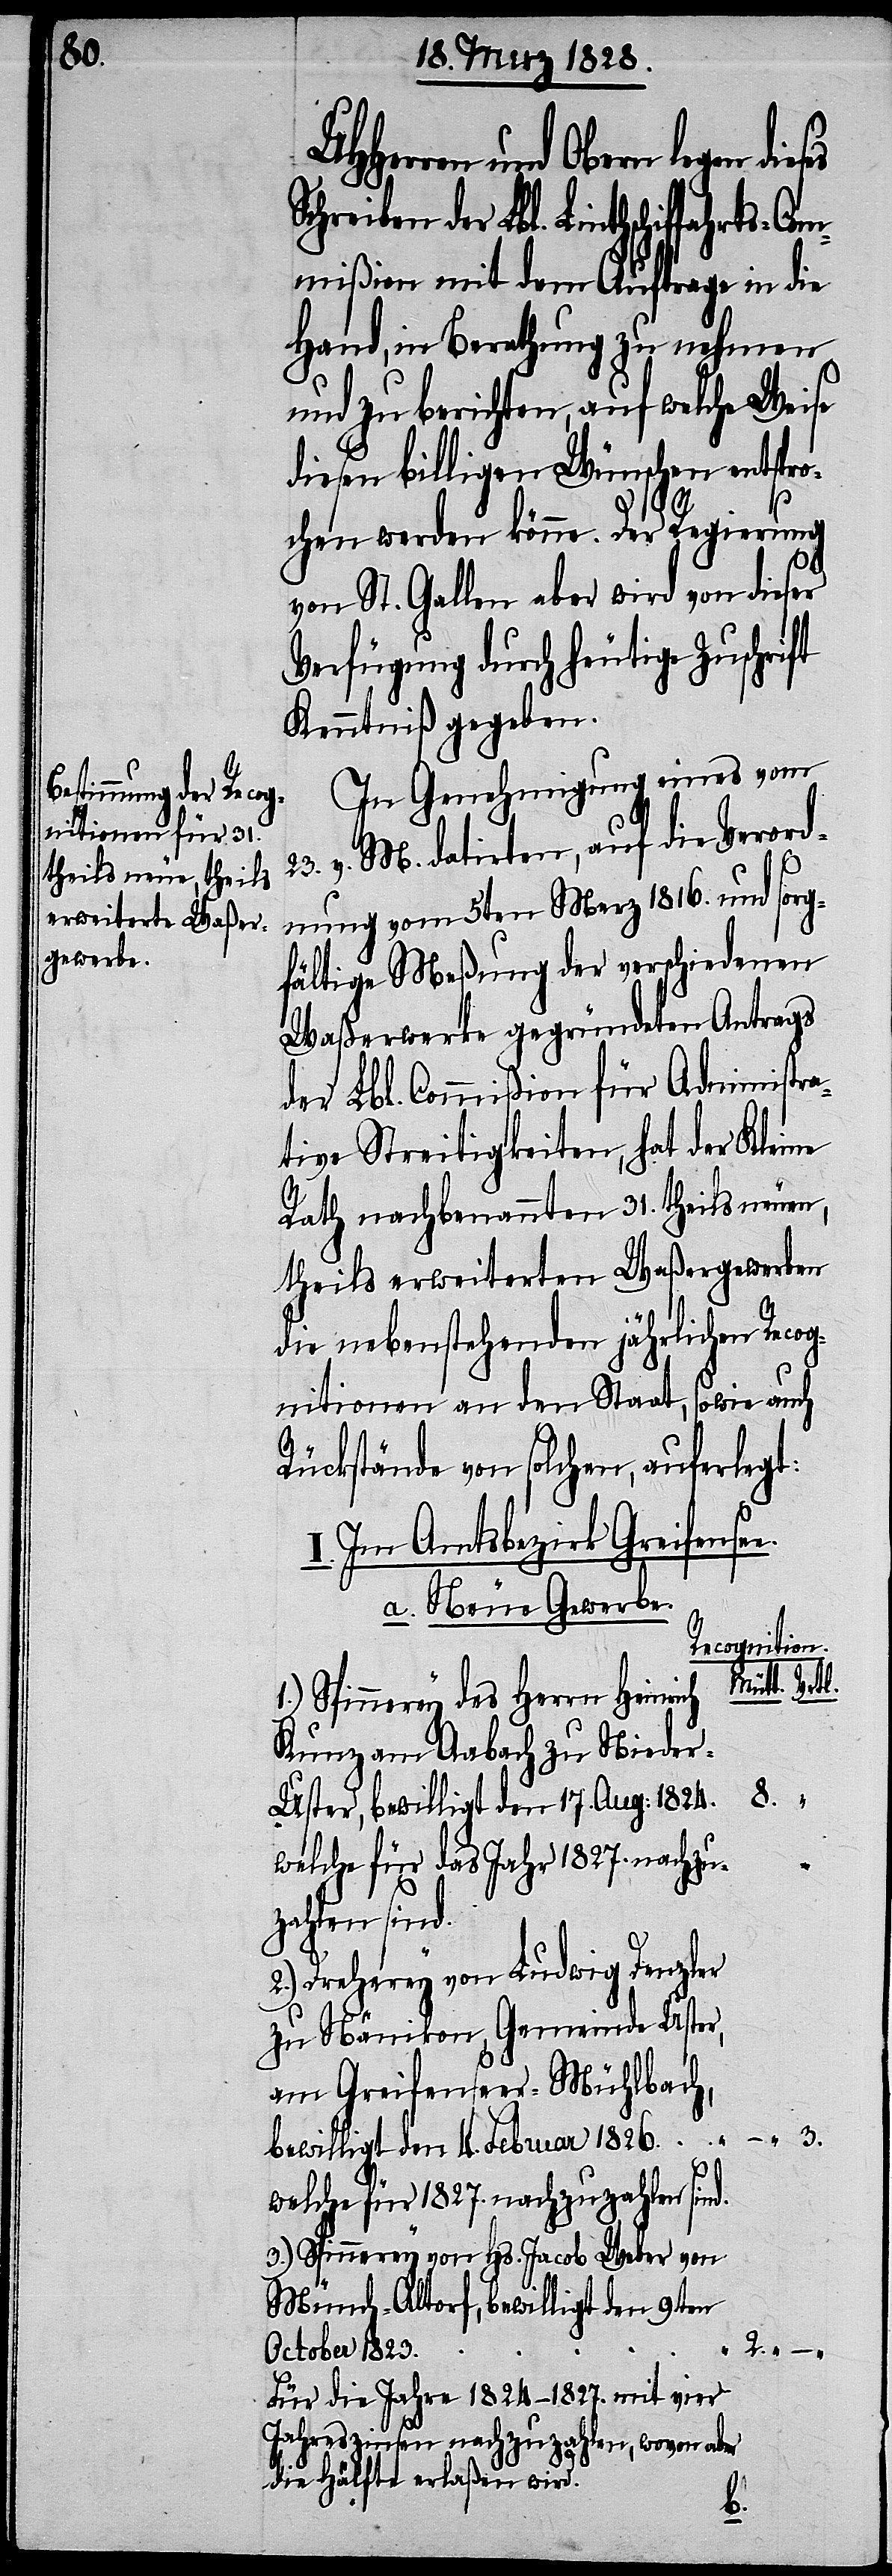
UHHerren und Obern legen
der Lbl. Linthschiffahrts-Com¬
mißion mit dem Auftrag in die
Hand, in Berathung zu nehmen
und zu berichten, auf welche Weise
diesen billigen Wünschen entspro¬
chen werden könne. Der Regierung
von St. Gallen aber wird von dieser
Verfügung durch heutige Zuschrift
Kenntniß gegeben.
In Genehmigung eines vom
23. v. M. datirten, auf die Verord¬
nung vom 5ten Merz 1816. und sorg¬
fältige Meßung der verschiedenen
Waßerwerke gegründeten Antrags
der Lbl. Commißion für Administra¬
tive Streitigkeiten, hat der Kleine
Rath nachbenannten 31. theils neuen,
theils erweiterten Waßergewerben
die nebenstehenden jährlichen Recog¬
nitionen an den Staat, sowie auch
Rückstände von solchen, auferlegt:
I. Im Amtsbezirk Greifense¬
a. Neue Gewerbe.
Recognition.
Mütt
1.) Spinnerey des Herrn Heinrich
Kunz am Aabach zu Niede¬
r-Uster, bewilligt den 17. Aug: 1824.
welche für das Jahr 1827. nachzu¬
zahlen sind.
Dreherey von Ludwig Denzler
zu Nänikon, Gemeinde Uster,
am Greifenseer-Mühlbach,
3.
bewilligt den 4. Februar 1826.
welche für 1827. nachzuzahlen sind.
3.) Spinnerey von Hs. Jacob Weber von
Münch-Altorf, bewilligt den 9ten
October 1823.
Für die Jahre 1824–1827. mit vier
Jahreszinsen nachzuzahlen, wovon aber
die Hälfte erlaßen wird.
e.